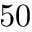
5 0